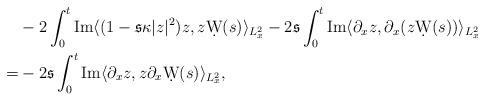
LaTeX: \begin{align*} & -2\int_0^t \operatorname{Im}\langle (1-\mathfrak{s} \kappa | z|^2)z, z\d W(s)\rangle_{L_x^2}-2 \mathfrak{s}\int_0^t\operatorname{Im}\langle \partial_x z,\partial_x (z\d W(s))\rangle_{L_x^2} \\ =&-2 \mathfrak{s}\int_0^t\operatorname{Im}\langle \partial_x z,z\partial_x \d W(s)\rangle_{L_x^2} ,\end{align*}